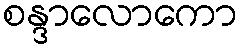
စန္ဒာလောကော